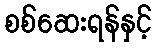
စစ်ဆေးရန်နှင့်